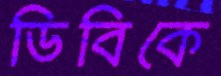
ডিবিকে